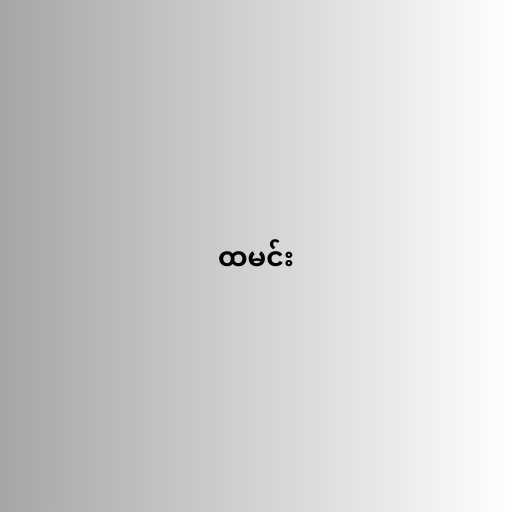
ထမင်း